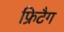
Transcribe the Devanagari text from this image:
फ्रिटैग